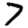
Digit: 7